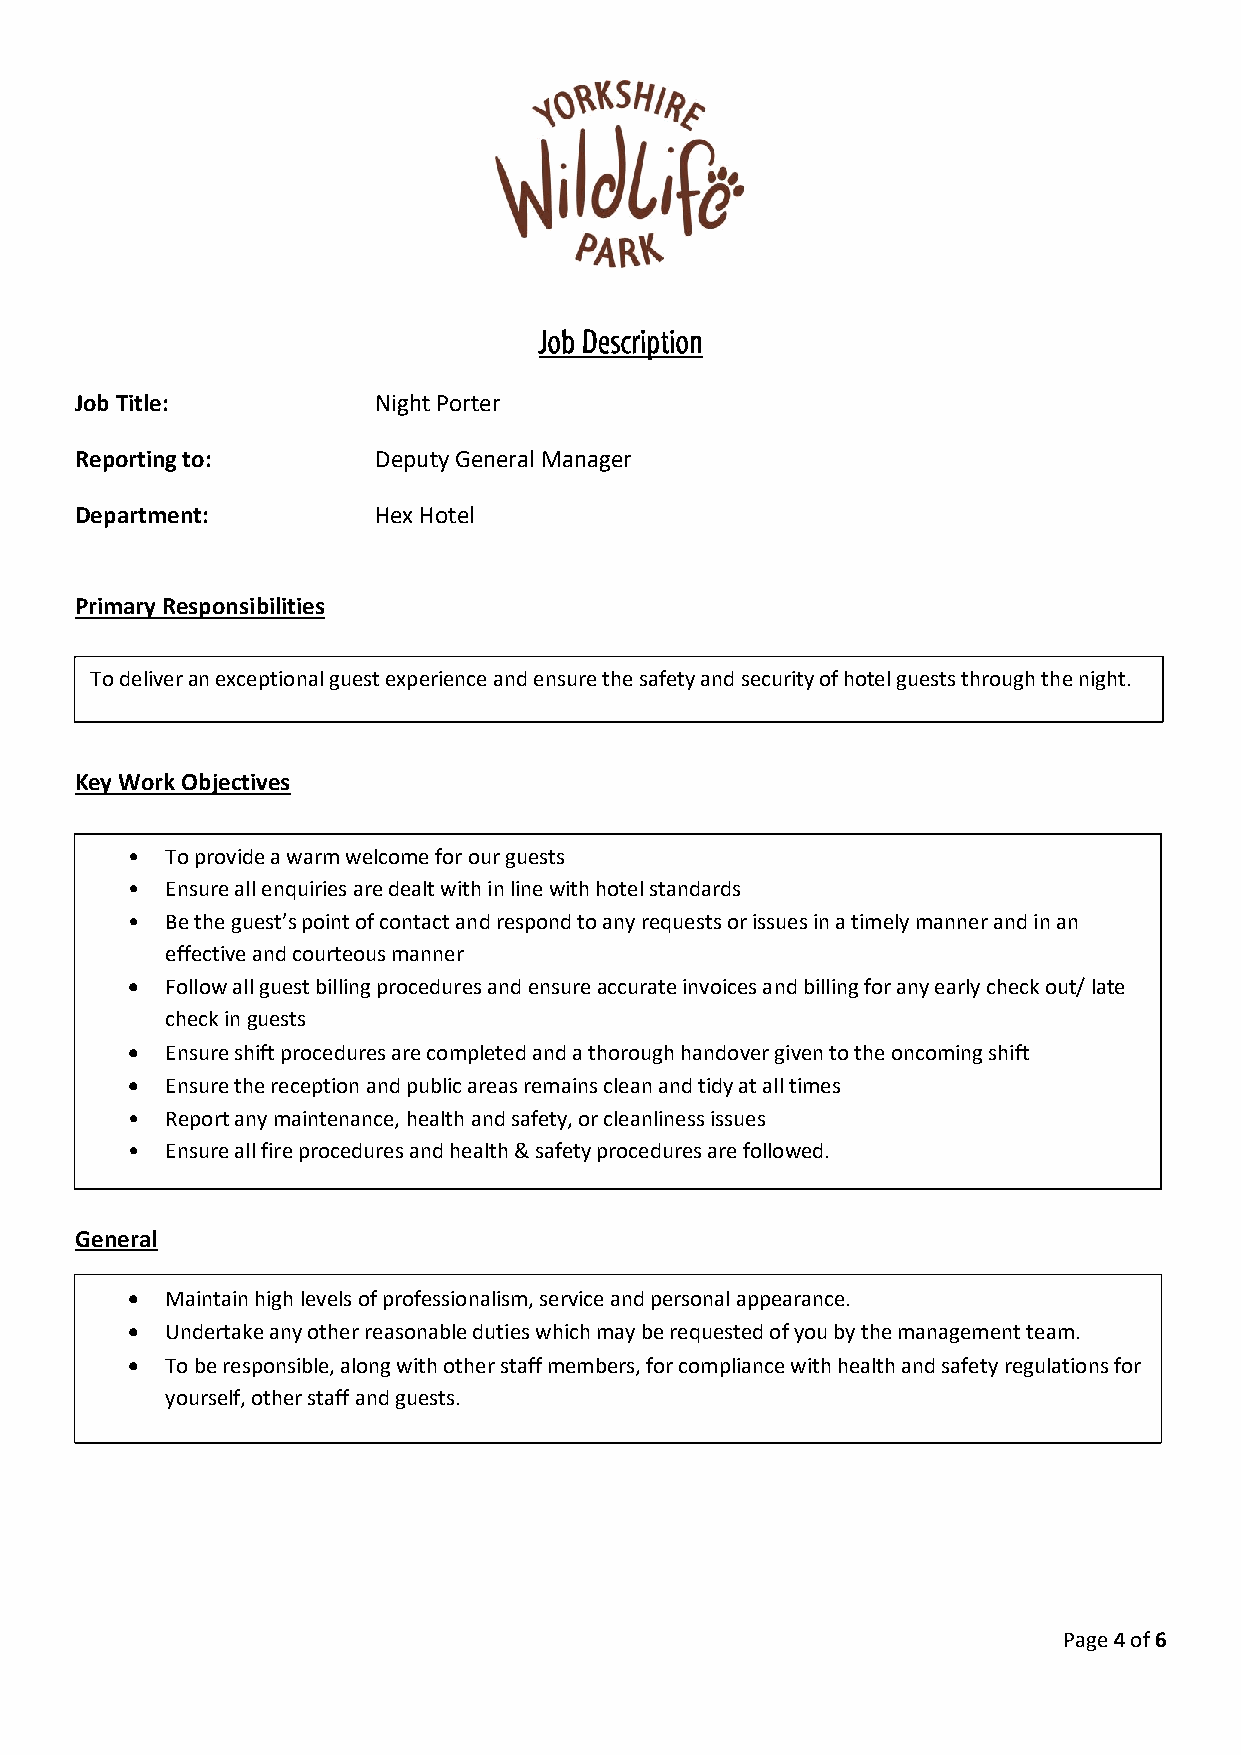
Job Title:          Night Porter
 Reporting to:       Deputy General Manager
 Department:         Hex Hotel
 Primary Responsibilities
 To deli ver an e xception al guest experie nce and ensure the safe ty and se curity o f hotel g uests th rough th e night.
 Key Work Objectives
 •  To provide a warm welcome for our guests
 •  Ensure all enqu iries are dealt w ith in lin e with h otel sta ndards
 •  Be the guest’s point of contact and resp ond to any requ ests or issues in a timely manne r and in an
 effectiv e and c ourteou s manne r
 •  Follow all guest billing procedures and ensure accurate invoices and billing for any early check out/ late
 check in guests
 •  Ensure shift procedures are completed and a thorough handover given to the oncoming shift
 •  Ensure the reception and public areas remains clean and tidy at all times
 •  Report any maintenance, health and safety, or cleanliness issues
 •  Ensure all fire procedures and health & safety procedures are followed.
 General
 •  Maintain high levels of professionalism, service and personal appearance.
 •  Undertake any other reasonable duties which may be requested of you by the management team.
 •  To be responsible, along with other staff members, for compliance with health and safety regulations for
 yourself, other staff and guests.
 Page 4 of 6